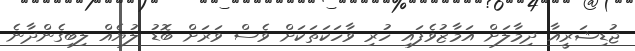
ޖުޑިޝަރީއާ ދިމާލަށް އަމާޒުވެފައި ހުރި ވާހަކަތަކަށް ވެސް ވަރަށް ބޮޑު ލުޔެއް ލިބިގެންދާނެ